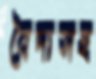
বৈদ্যসহ